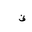
Letter: _qaf